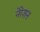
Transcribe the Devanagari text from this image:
नेरेशन